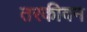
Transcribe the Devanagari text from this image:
तरकीवन